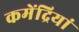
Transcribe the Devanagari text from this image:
कमेंद्रियां